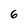
Character: 6